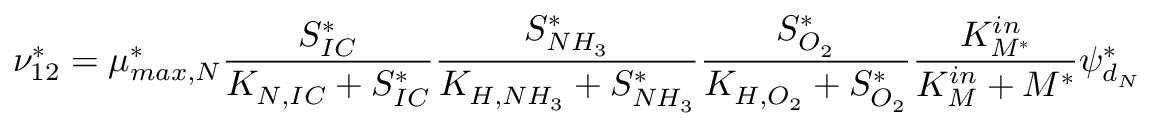
\nu _ { 1 2 } ^ { * } = \mu _ { m a x , N } ^ { * } \frac { S _ { I C } ^ { * } } { K _ { N , I C } + S _ { I C } ^ { * } } \frac { S _ { N H _ { 3 } } ^ { * } } { K _ { H , N H _ { 3 } } + S _ { N H _ { 3 } } ^ { * } } \frac { S _ { O _ { 2 } } ^ { * } } { K _ { H , O _ { 2 } } + S _ { O _ { 2 } } ^ { * } } \frac { K _ { M ^ { * } } ^ { i n } } { K _ { M } ^ { i n } + M ^ { * } } \psi _ { d _ { N } } ^ { * }